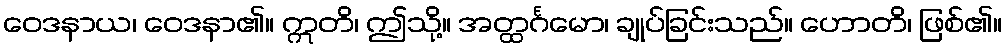
ဝေဒနာယ၊ ဝေဒနာ၏။ ဣတိ၊ ဤသို့။ အတ္ထင်္ဂမော၊ ချုပ်ခြင်းသည်။ ဟောတိ၊ ဖြစ်၏။